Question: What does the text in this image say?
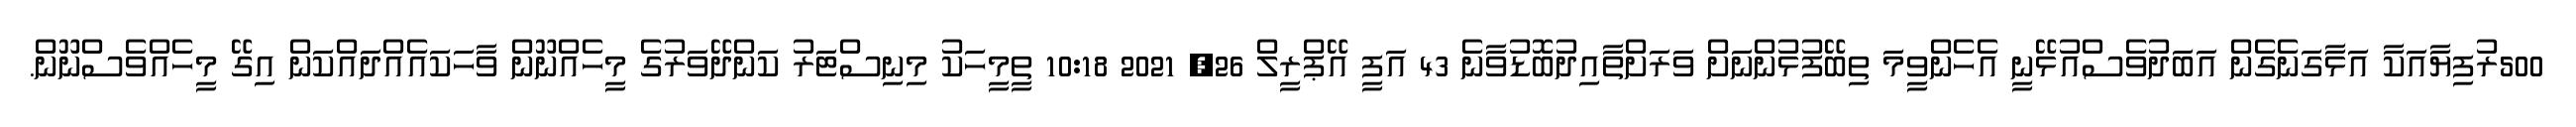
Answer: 500ރުފިޔާއަކާ އަޅާގަނެގެން އަބަދުވެސްއުޅޭނީ އެހެންވީމަ ތިބޭފުޅުންނަށް ވަރަށްތާއިދުބޮޑުވާނެ 43 އަފީ އޭޕްރީލް 26, 2021 10:18 ތީމީހަކު މިނިސްޓަރު ކަންދޭވަރުގެ މީހެއްނޫން ވާހަކައެއްދައްކަން އިގޭ މީހެއްވެސްނޫން.